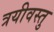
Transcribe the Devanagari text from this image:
त्रयीवस्तु